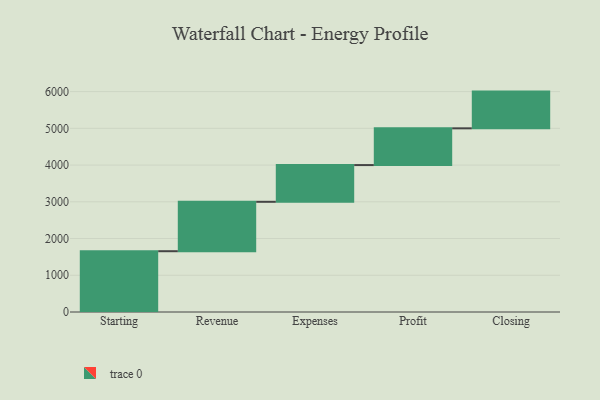
{"axis": {"x": "Step", "y": "Value"}, "legend": [""], "data": [{"x": "Starting", "y": 1655.0, "type": ""}, {"x": "Revenue", "y": 1345.0, "type": ""}, {"x": "Expenses", "y": 1000, "type": ""}, {"x": "Profit", "y": 1000, "type": ""}, {"x": "Closing", "y": 1000, "type": ""}]}